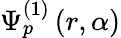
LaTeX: \Psi_{p}^{(1)}\left(r,\alpha\right)